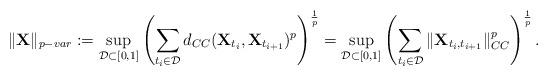
LaTeX: \begin{align*} \|\mathbf{X}\|_{p-var}:=\sup_{\mathcal{D}\subset[0,1]}\left(\sum_{t_i\in\mathcal{D}}d_{CC}(\mathbf{X}_{t_i},\mathbf{X}_{t_{i+1}})^p\right)^{\frac{1}{p}}=\sup_{\mathcal{D}\subset[0,1]}\left(\sum_{t_i\in\mathcal{D}}\|\mathbf{X}_{t_i,t_{i+1}}\|_{CC}^p\right)^{\frac{1}{p}}.\end{align*}